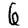
Digit: 6